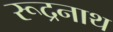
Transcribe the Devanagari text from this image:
रूद्रनाथ